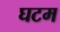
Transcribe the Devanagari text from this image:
घटम